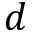
d